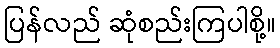
ပြန်လည် ဆုံစည်းကြပါစို့။